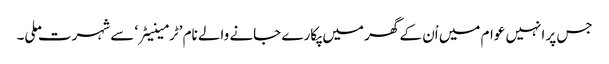
جس پر انہیں عوام میں اْن کے گھر میں پکارے جانے والے نام ’ٹرمینیٹر‘ سے شہرت ملی۔